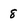
Character: 8